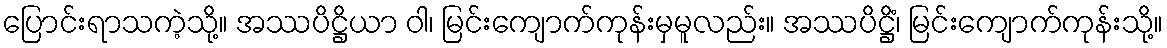
ပြောင်းရာသကဲ့သို့။ အဿပိဋ္ဌိယာ ဝါ၊ မြင်းကျောက်ကုန်းမှမူလည်း။ အဿပိဋ္ဌိံ၊ မြင်းကျောက်ကုန်းသို့။